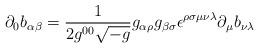
LaTeX: \begin{align*}\partial_0 b_{\alpha \beta} = {1 \over 2 g^{00} \sqrt{-g}} g_{\alpha \rho}g_{\beta \sigma} \epsilon^{\rho \sigma \mu \nu \lambda} \partial_\mu b_{\nu\lambda}\end{align*}